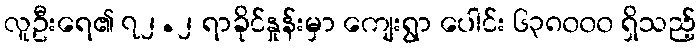
လူဦးရေ၏ ၇၂.၂ ရာခိုင်နှုန်းမှာ ကျေးရွာ ပေါင်း ၆၃၈၀၀၀ ရှိသည့်